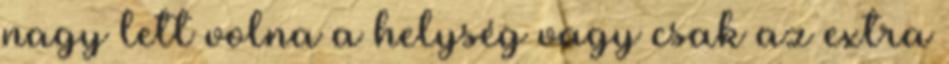
nagy lett volna a helység vagy csak az extra